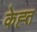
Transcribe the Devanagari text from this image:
केह्त